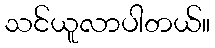
သင်ယူလာပါတယ်။